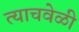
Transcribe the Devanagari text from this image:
त्‍याचवेळी